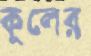
কুলের